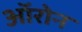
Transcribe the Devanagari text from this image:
ऑरोन